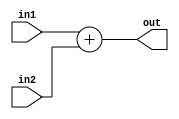
module adder_16 (in1, in2 , out);

	output  [15:0]  out;
	
	input  [15:0] in1, in2;
	
	assign out = in1+in2;
	
endmodule